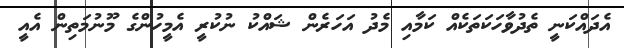
އެދައްކަނީ ތެދުވާހަކަތަކެއް ކަމާއި މެދު އަހަރެން ޝައްކު ނުކުރީ އެމީހުންގެ މޫނުމަތިން އެއީ